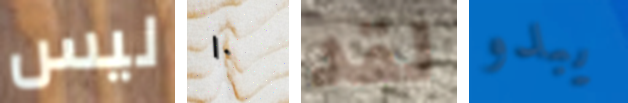
ليس ١٠ لقد يبدو